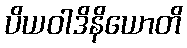
ပိယဝါဒိနိယောတိ